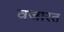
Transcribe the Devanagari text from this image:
वजारत